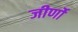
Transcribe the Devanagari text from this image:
जीर्णो